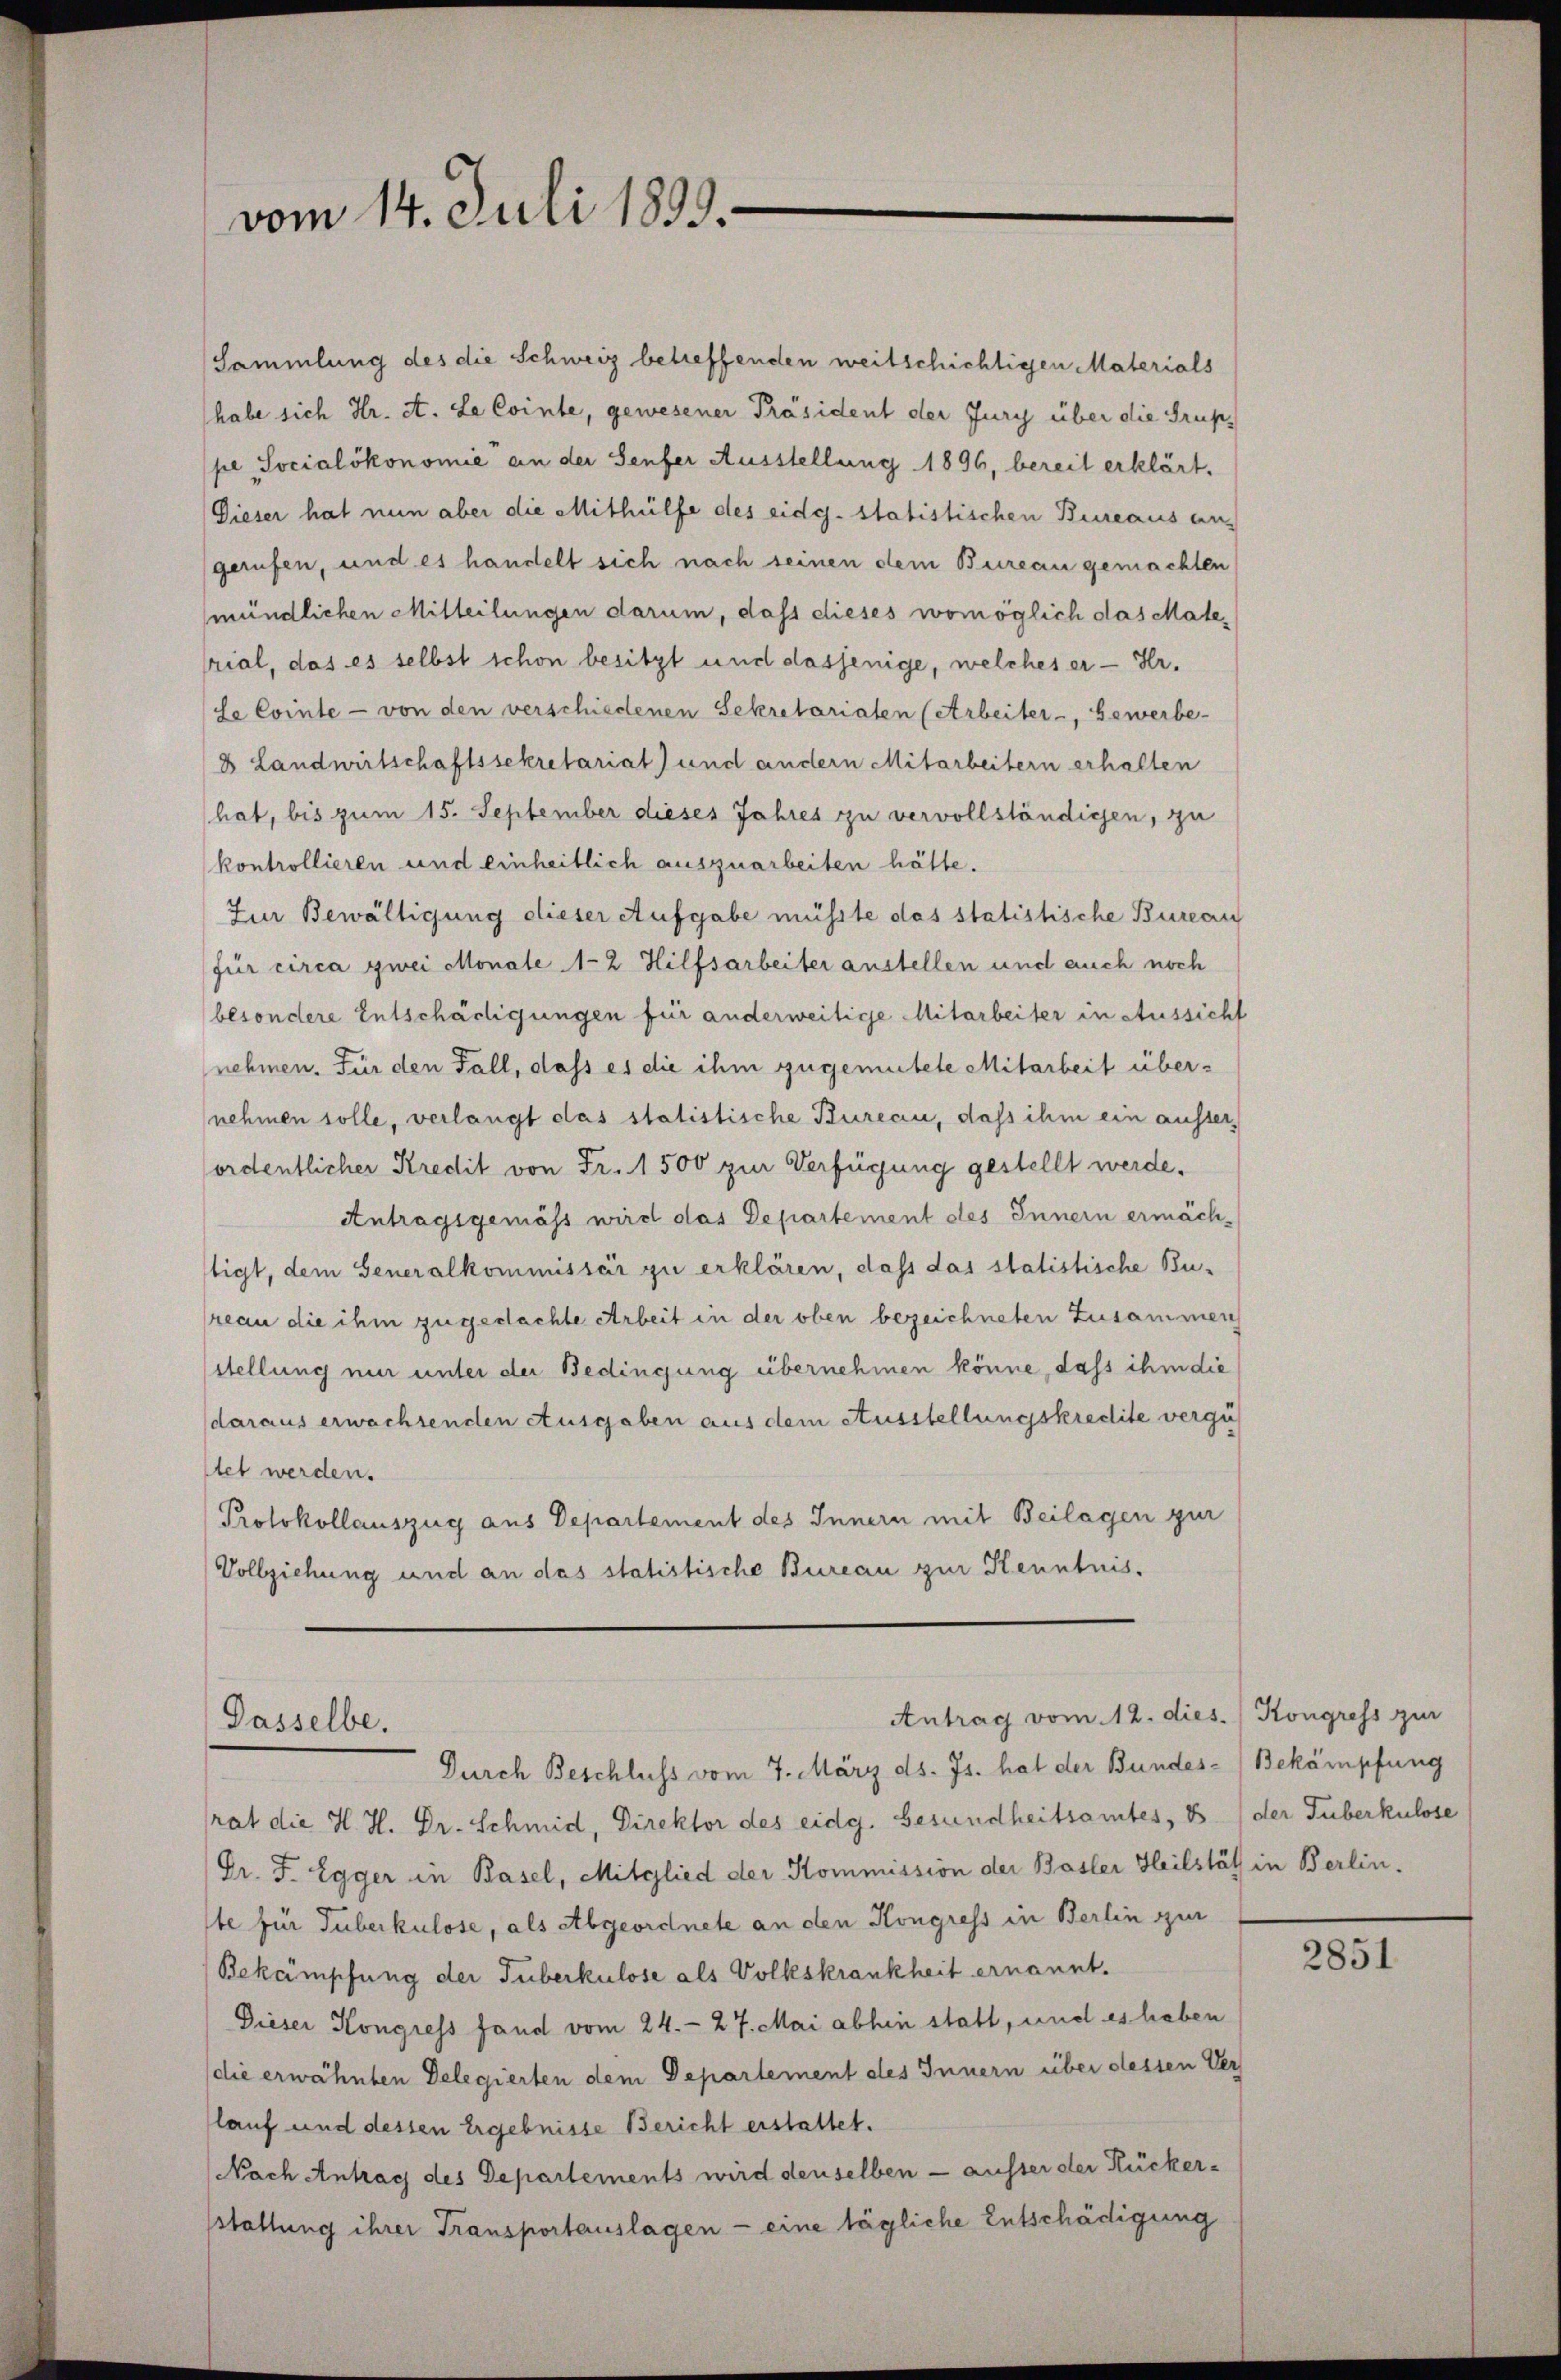
vom 14. Juli 1899.

Sammlung des die Schweiz betreffenden weitschichtigen Materials
habe sich Hr. A. Le Cointe, gewesener Präsident der Jury über die Gruppe Socialökonomie an der Senfer Ausstellung 1896, bereit erklärt.
Dieser hat nun aber die Mithülfe des eidg. statistischen Bureaus an.
gerufen, und es handelt sich nach seinen dem Bureau gemachten
mündlichen Mitteilungen darum, dass dieses womöglich das Material, das es selbst schon besitzt und dasjenige, welches er - Hr.
(de Cointe - von den verschiedenen Sekretariaten (Arbeiter -, Gewerbe-
8 Landwirtschaftssekretariat und andern Mitarbeitern erhalten
hat, bis zum 15. September dieses Jahres zu vervollständigen, zu
kontrollieren und einheitlich auszuarbeiten hätte.
Zur Bewältigung dieser Aufgabe müsste das statistische Bureau
für circa zwei Monale 1-2 Hilfsarbeiter anstellen und auch noch
besondere Entschädigungen für anderweitige Mitarbeiter in Aussicht
nehmen. Für den Fall, dass es die ihm zugemutete Mitarbeit übernehmen solle, verlangt das statistische Bureau, daß ihm ein ausserordentlicher Kredit von Fr. 1500 zur Verfügung gestellt werde.
Antragsgemäss wird das Departement des Innern ermächstigt, dem Generalkommissär zu erklären, dass das statistische Bureau die ihm zugedachte Arbeit in der oben bezeichneten Zusammen
stellung nur unter der Bedingung übernehmen könne, dass ihm die
daraus erwachsenden Ausgaben aus dem Ausstellungskredite vergü
tet werden.
Protokollauszug aus Departement des Innern mit Beilagen zur
Vollziehung und an das statistische Bureau zur Kenntnis.

Antrag vom 12. dies. Kongress zur
Passelbe.
Durch Beschluss vom 7. März ds. Js. hat der Bundes-Bekämpfung

rat die H. H. Dr. Schmid, Direktor des eidg. Gesundheitsamtes, B. (der Tuberkulose

Dr. F. Egger in Basel, Mitglied der Kommission der Basler Heilstät in Berlin.
te für Tuberkulose, als Abgeordnete an den Kongress in Berlin zur
Bekämpfung der Tuberkulose als Volkskrankheit ernannt.
Dieser Kongress fand vom 24. 27. Mai abhin statt, und es haben
die erwähnten Delegierten dem Departement des Innern über dessen Vers
lauf und dessen Ergebnisse Bericht erstattet.
Nach Antrag des Departements wird denselben — ausser der Rückerstallung ihrer Transportauslagen - eine tägliche Entschädigung

2851